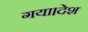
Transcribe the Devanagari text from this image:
गया।देश